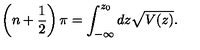
\left( n + \frac { 1 } { 2 } \right) \pi = \int _ { - \infty } ^ { z _ { 0 } } d z \sqrt { V ( z ) } .